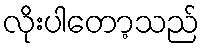
လိုးပါတော့သည်